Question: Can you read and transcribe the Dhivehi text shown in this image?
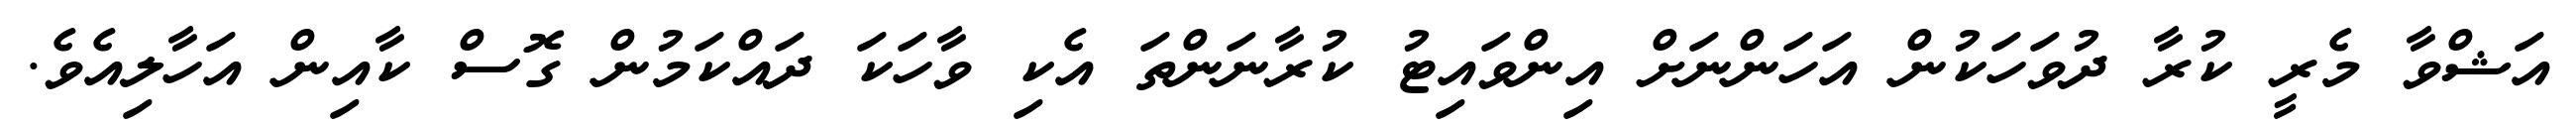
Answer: އަޝްވާ މެރީ ކުރާ ދުވަހަކުން އަހަންނަށް އިންވައިޓު ކުރާނަންތަ އެކި ވާހަކަ ދައްކަމުން ގޮސް ކާއިން އަހާލިއެވެ.